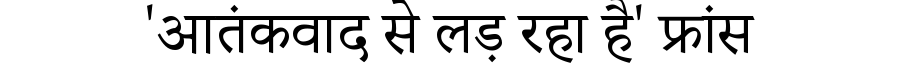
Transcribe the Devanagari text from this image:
'आतंकवाद से लड़ रहा है' फ्रांस